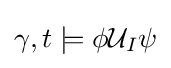
\gamma ,t\models \phi {\mathcal {U}}_{I}\psi